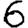
Digit: 6